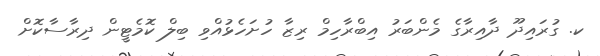
ކ. ގުރައިދޫ ދާއިރާގެ މެންބަރު އިބްރާހިމް ރިޒާ ހުށަހެޅުއްވި ބިލް ކޮމެޓީން ދިރާސާކޮށް